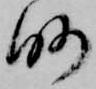
略